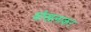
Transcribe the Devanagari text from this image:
बौखलाकर